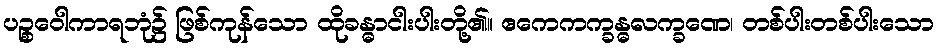
ပဉ္စဝေါကာရဘုံ၌ ဖြစ်ကုန်သော ထိုခန္ဓာငါးပါးတို့၏။ ဧကေကက္ခန္ဓလက္ခဏေ၊ တစ်ပါးတစ်ပါးသော